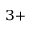
^ { 3 + }